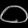
Digit: ၀